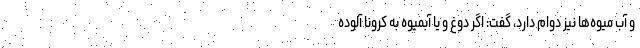
و آب میوه‌ها نیز دوام دارد، گفت: اگر دوغ و یا آبمیوه به کرونا آلوده